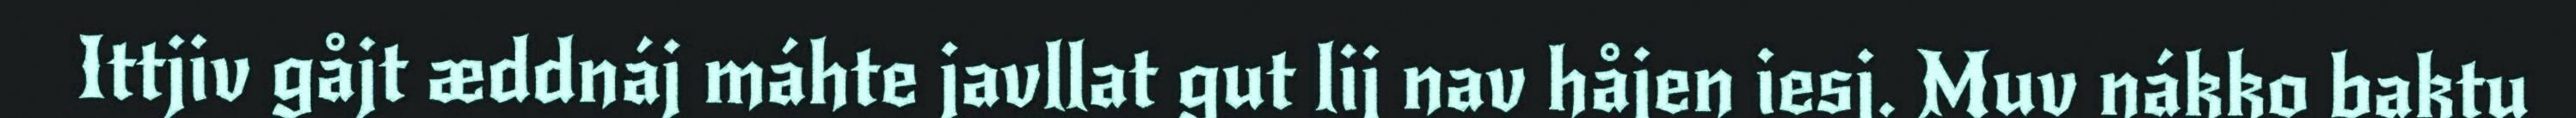
Ittjiv gåjt æddnáj máhte javllat gut lij nav håjen iesj. Muv nákko baktu